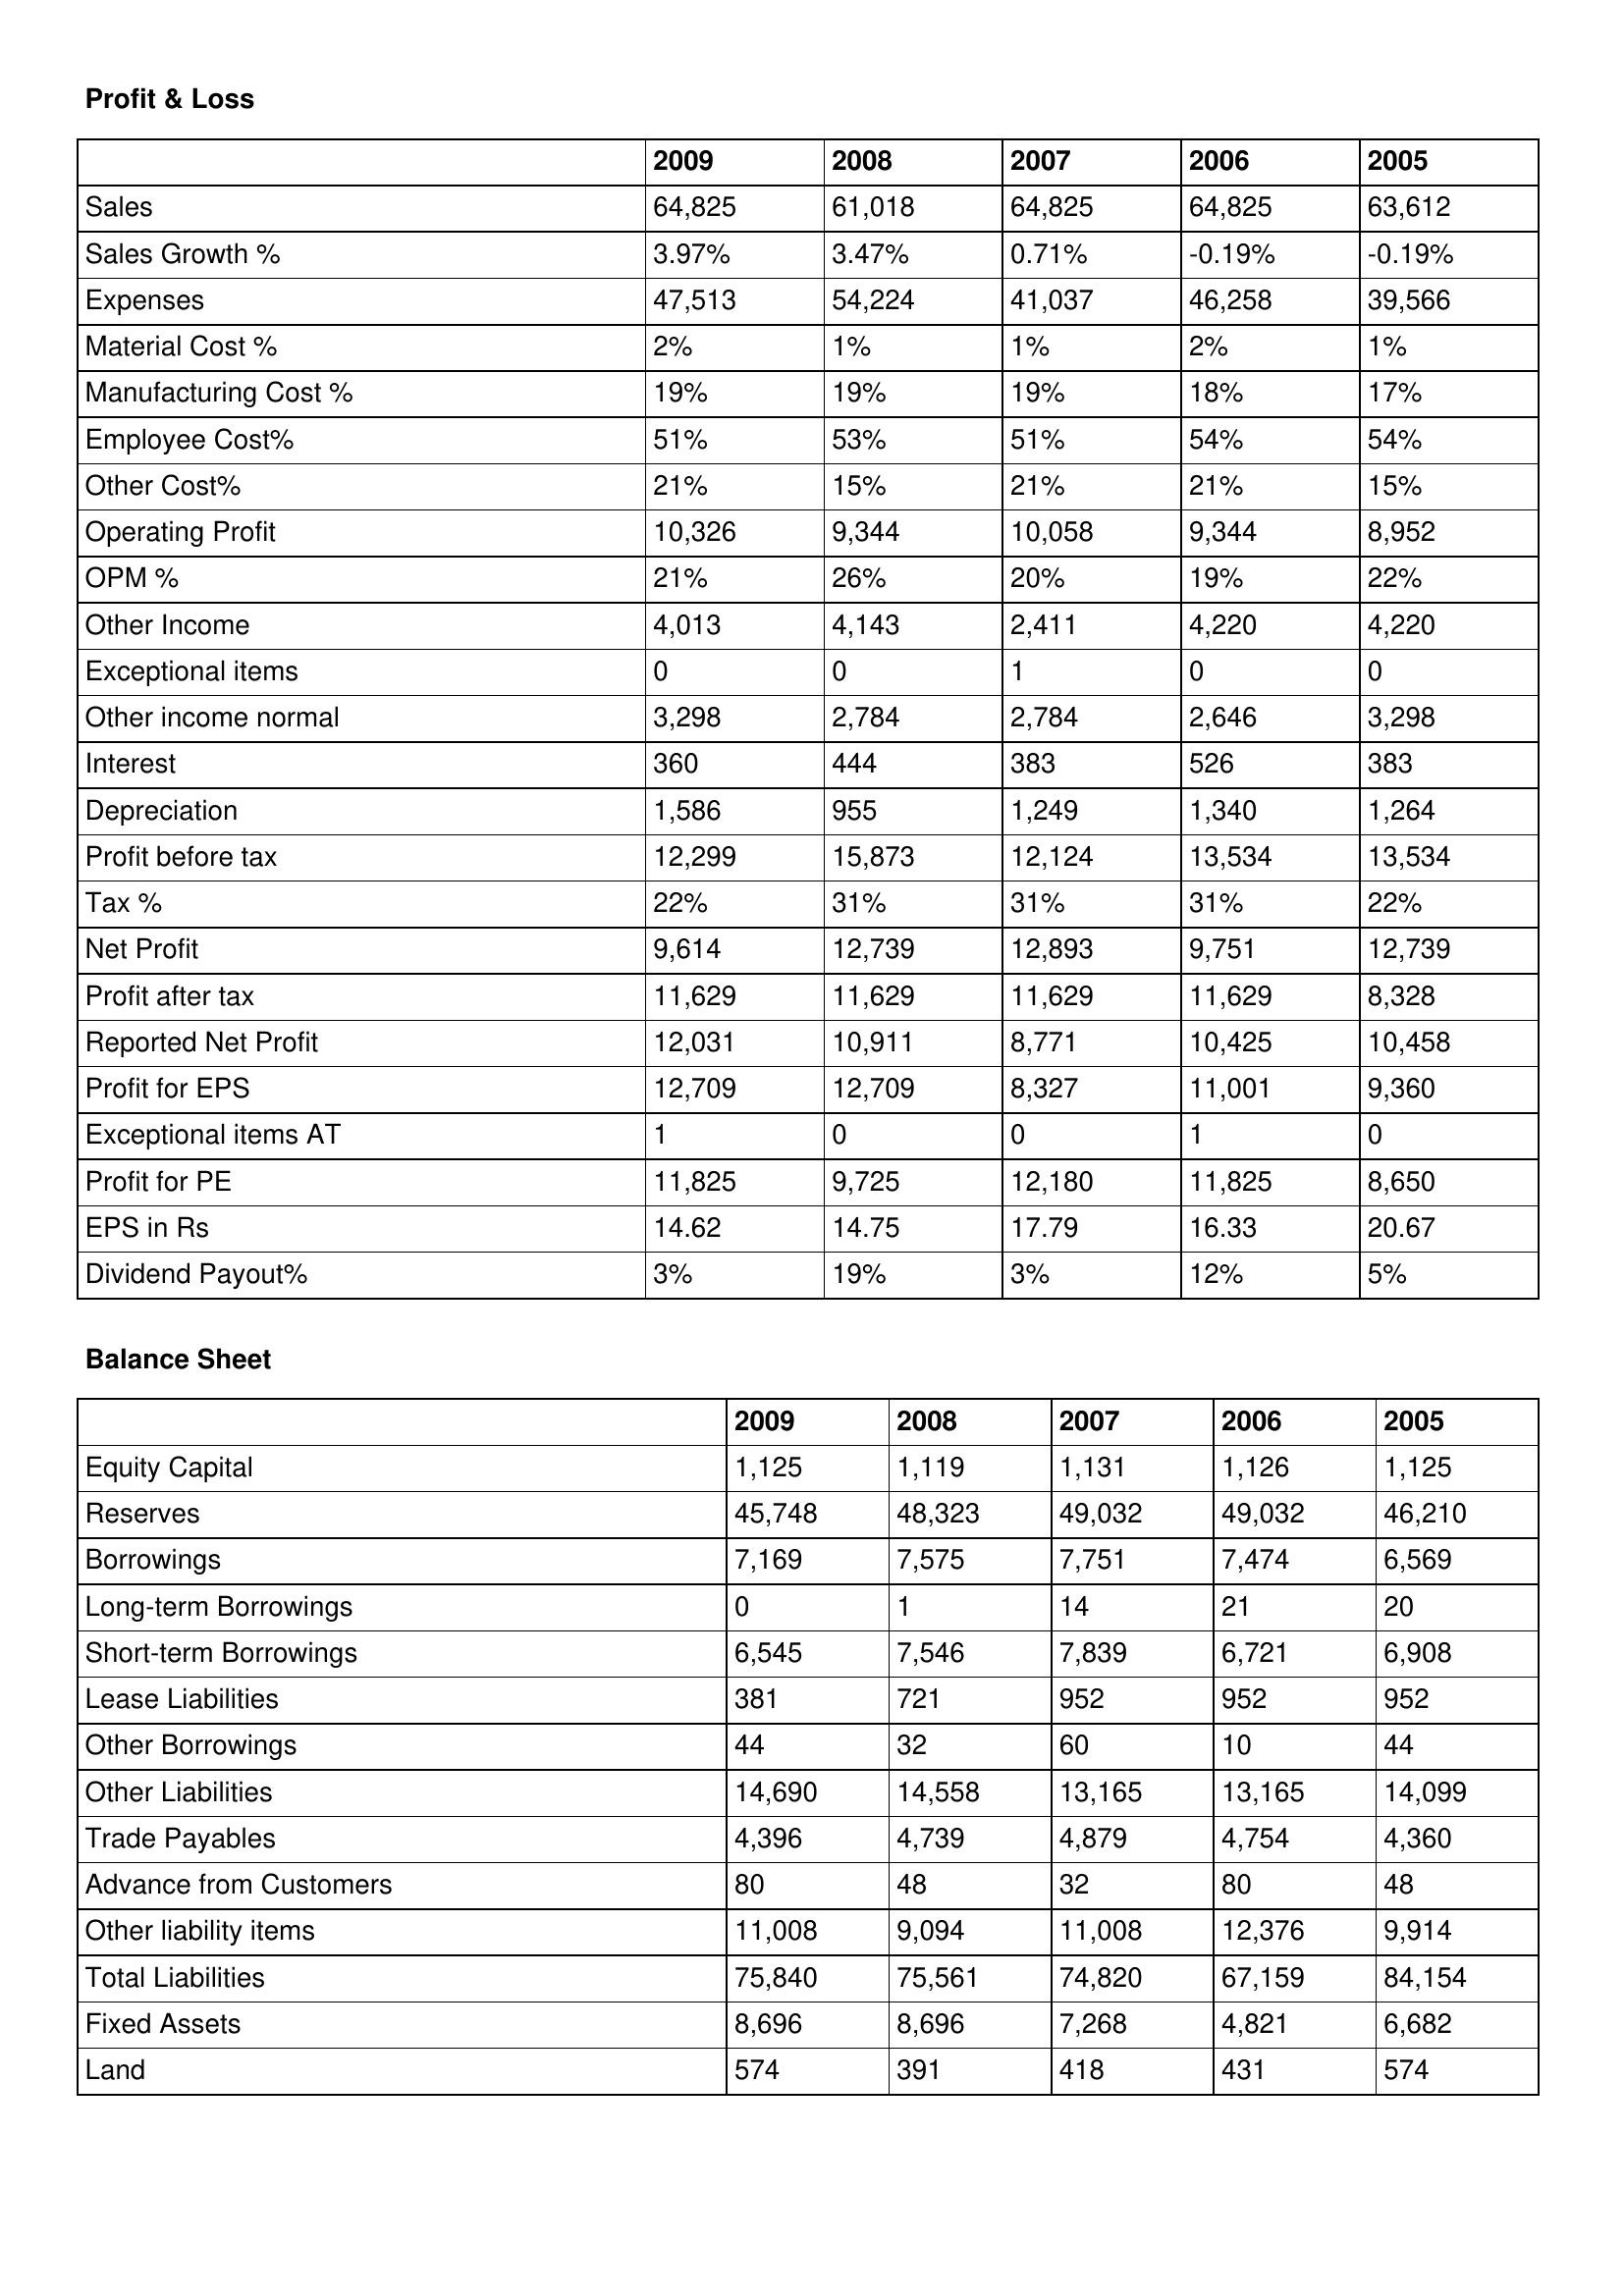
gt_parse: 2009: Profit & Loss: Sales: 64,825
Sales Growth %: 3.97%
Expenses: 47,513
Material Cost %: 2%
Manufacturing Cost %: 19%
Employee Cost%: 51%
Other Cost%: 21%
Operating Profit: 10,326
OPM %: 21%
Other Income: 4,013
Exceptional items: 0
Other income normal: 3,298
Interest: 360
Depreciation: 1,586
Profit before tax: 12,299
Tax %: 22%
Net Profit: 9,614
Profit after tax: 11,629
Reported Net Profit: 12,031
Profit for EPS: 12,709
Exceptional items AT: 1
Profit for PE: 11,825
EPS in Rs: 14.62
Dividend Payout%: 3%
Balance Sheet: Equity Capital: 1,125
Reserves: 45,748
Borrowings: 7,169
Long-term Borrowings: 0
Short-term Borrowings: 6,545
Lease Liabilities: 381
Other Borrowings: 44
Other Liabilities: 14,690
Trade Payables: 4,396
Advance from Customers: 80
Other liability items: 11,008
Total Liabilities: 75,840
Fixed Assets: 8,696
Land: 574
2008: Profit & Loss: Sales: 61,018
Sales Growth %: 3.47%
Expenses: 54,224
Material Cost %: 1%
Manufacturing Cost %: 19%
Employee Cost%: 53%
Other Cost%: 15%
Operating Profit: 9,344
OPM %: 26%
Other Income: 4,143
Exceptional items: 0
Other income normal: 2,784
Interest: 444
Depreciation: 955
Profit before tax: 15,873
Tax %: 31%
Net Profit: 12,739
Profit after tax: 11,629
Reported Net Profit: 10,911
Profit for EPS: 12,709
Exceptional items AT: 0
Profit for PE: 9,725
EPS in Rs: 14.75
Dividend Payout%: 19%
Balance Sheet: Equity Capital: 1,119
Reserves: 48,323
Borrowings: 7,575
Long-term Borrowings: 1
Short-term Borrowings: 7,546
Lease Liabilities: 721
Other Borrowings: 32
Other Liabilities: 14,558
Trade Payables: 4,739
Advance from Customers: 48
Other liability items: 9,094
Total Liabilities: 75,561
Fixed Assets: 8,696
Land: 391
2007: Profit & Loss: Sales: 64,825
Sales Growth %: 0.71%
Expenses: 41,037
Material Cost %: 1%
Manufacturing Cost %: 19%
Employee Cost%: 51%
Other Cost%: 21%
Operating Profit: 10,058
OPM %: 20%
Other Income: 2,411
Exceptional items: 1
Other income normal: 2,784
Interest: 383
Depreciation: 1,249
Profit before tax: 12,124
Tax %: 31%
Net Profit: 12,893
Profit after tax: 11,629
Reported Net Profit: 8,771
Profit for EPS: 8,327
Exceptional items AT: 0
Profit for PE: 12,180
EPS in Rs: 17.79
Dividend Payout%: 3%
Balance Sheet: Equity Capital: 1,131
Reserves: 49,032
Borrowings: 7,751
Long-term Borrowings: 14
Short-term Borrowings: 7,839
Lease Liabilities: 952
Other Borrowings: 60
Other Liabilities: 13,165
Trade Payables: 4,879
Advance from Customers: 32
Other liability items: 11,008
Total Liabilities: 74,820
Fixed Assets: 7,268
Land: 418
2006: Profit & Loss: Sales: 64,825
Sales Growth %: -0.19%
Expenses: 46,258
Material Cost %: 2%
Manufacturing Cost %: 18%
Employee Cost%: 54%
Other Cost%: 21%
Operating Profit: 9,344
OPM %: 19%
Other Income: 4,220
Exceptional items: 0
Other income normal: 2,646
Interest: 526
Depreciation: 1,340
Profit before tax: 13,534
Tax %: 31%
Net Profit: 9,751
Profit after tax: 11,629
Reported Net Profit: 10,425
Profit for EPS: 11,001
Exceptional items AT: 1
Profit for PE: 11,825
EPS in Rs: 16.33
Dividend Payout%: 12%
Balance Sheet: Equity Capital: 1,126
Reserves: 49,032
Borrowings: 7,474
Long-term Borrowings: 21
Short-term Borrowings: 6,721
Lease Liabilities: 952
Other Borrowings: 10
Other Liabilities: 13,165
Trade Payables: 4,754
Advance from Customers: 80
Other liability items: 12,376
Total Liabilities: 67,159
Fixed Assets: 4,821
Land: 431
2005: Profit & Loss: Sales: 63,612
Sales Growth %: -0.19%
Expenses: 39,566
Material Cost %: 1%
Manufacturing Cost %: 17%
Employee Cost%: 54%
Other Cost%: 15%
Operating Profit: 8,952
OPM %: 22%
Other Income: 4,220
Exceptional items: 0
Other income normal: 3,298
Interest: 383
Depreciation: 1,264
Profit before tax: 13,534
Tax %: 22%
Net Profit: 12,739
Profit after tax: 8,328
Reported Net Profit: 10,458
Profit for EPS: 9,360
Exceptional items AT: 0
Profit for PE: 8,650
EPS in Rs: 20.67
Dividend Payout%: 5%
Balance Sheet: Equity Capital: 1,125
Reserves: 46,210
Borrowings: 6,569
Long-term Borrowings: 20
Short-term Borrowings: 6,908
Lease Liabilities: 952
Other Borrowings: 44
Other Liabilities: 14,099
Trade Payables: 4,360
Advance from Customers: 48
Other liability items: 9,914
Total Liabilities: 84,154
Fixed Assets: 6,682
Land: 574